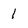
Character: 1